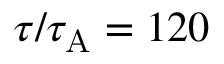
\tau / \tau _ { \mathrm { { A } } } = 1 2 0